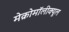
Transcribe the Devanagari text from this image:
मेक्रोमॉलीक्यूल